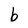
Character: b